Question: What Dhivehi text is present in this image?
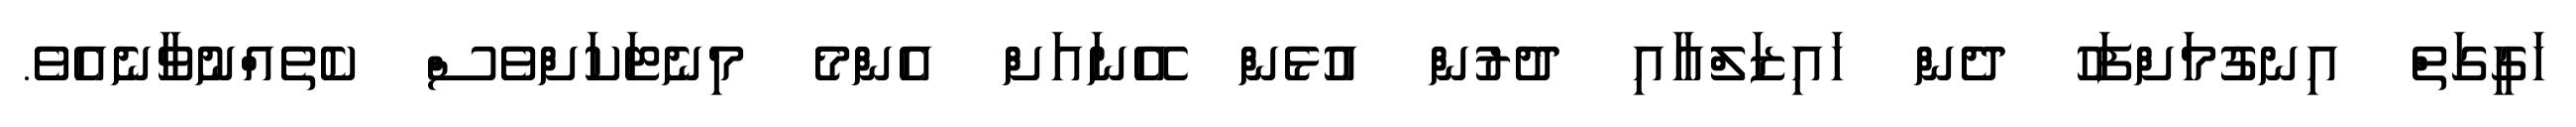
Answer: ހަގީގަތް އިނގުމަށްފަހު ދެން ހައިޒަލްއާއި ދުރުން އުޅެން އޭނައަށް އެންމެ މިނެޓަކަށްވެސް ކެތެއްނުވާނެއެވެ.